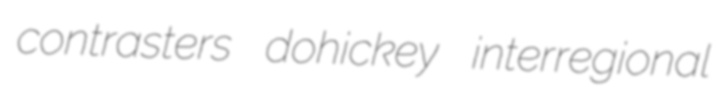
contrasters dohickey interregional